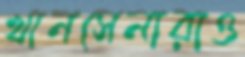
খানসেনারাও